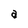
Character: a